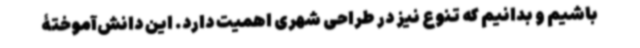
باشیم و بدانیم که تنوع نیز در طراحی شهری اهمیت دارد. این دانش‌آموختۀ